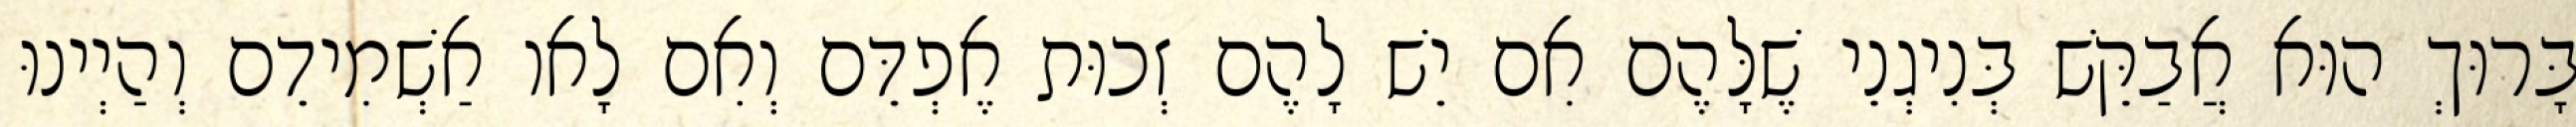
בָּרוּךְ הוּא אֲבַקֵּשׁ בְּנִיגְנֵי שֶׁלָּהֶם אִם יֵשׁ לָהֶם זְכוּת אֶפְדֵּם וְאִם לָאו אַשְׁמִידֵם וְהַיְינוּ